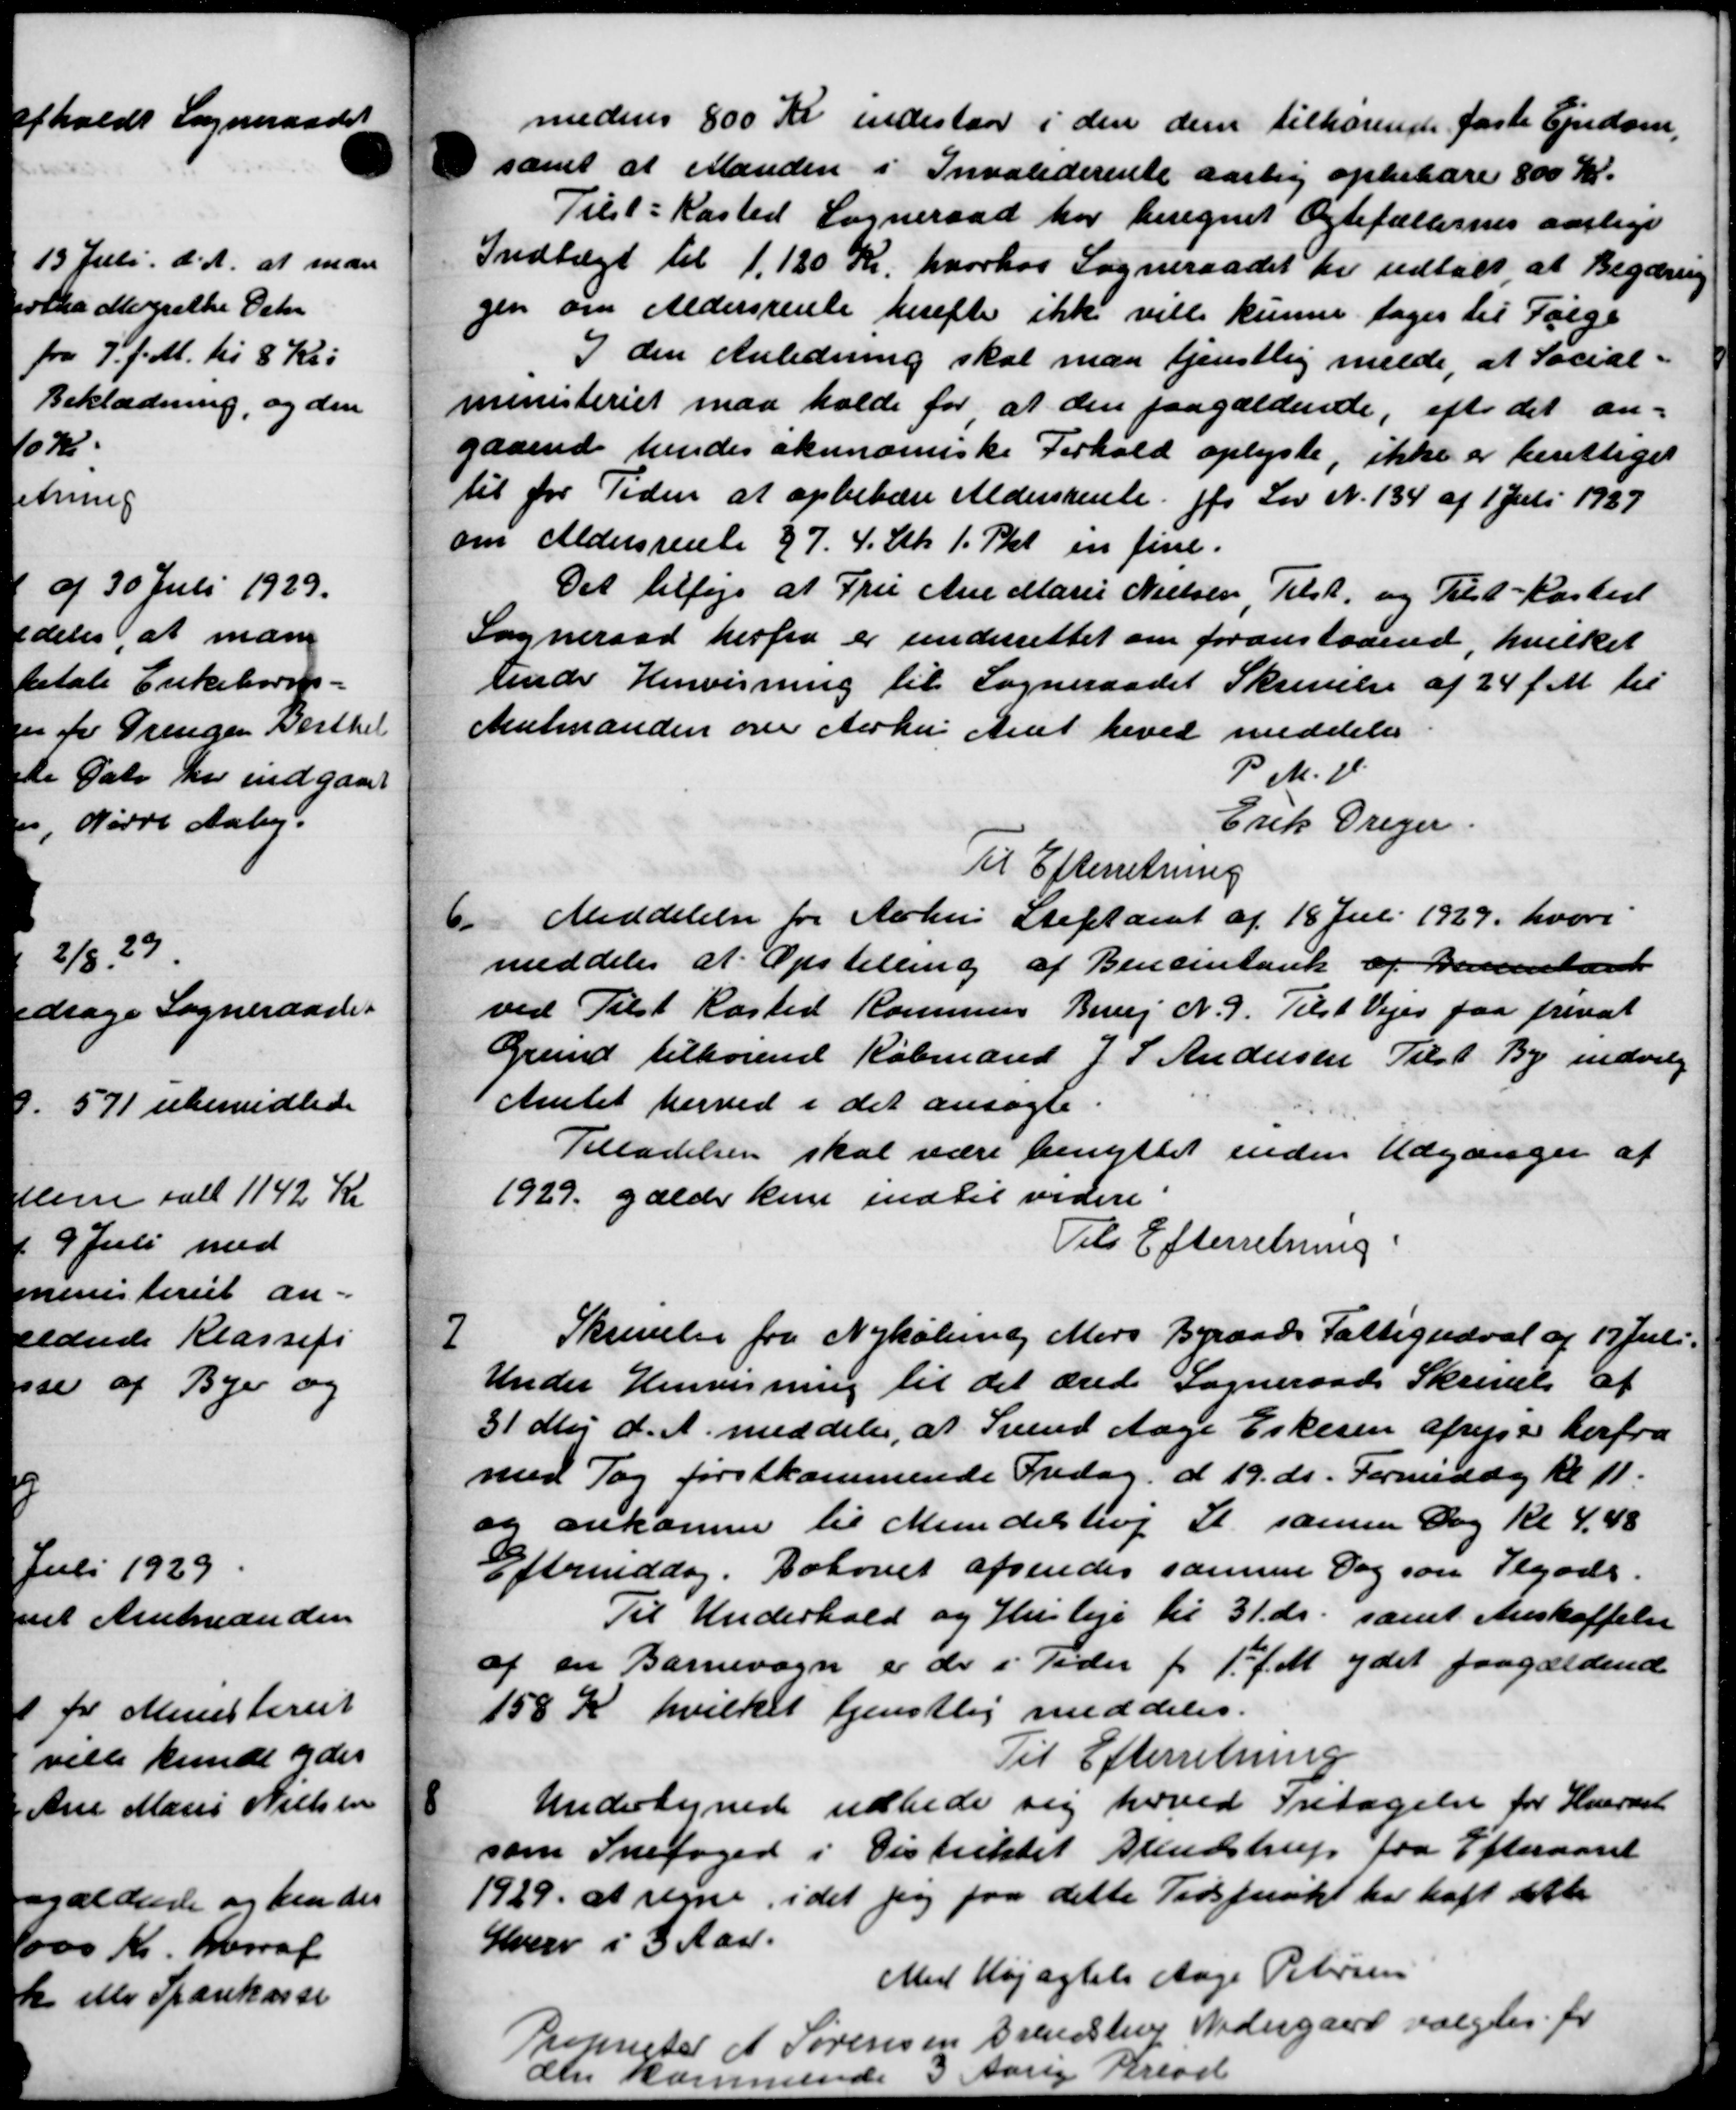
Transskription:
medens 800 Kr indestaar i den dem tilhørende faste Ejendom.
samt at Manden i Invaliderente aarlig oppebære 800 Kr.
Tilst : Kasted Sogneraad har beregnet Ægtefællernes aarlige
Indtægt til 1,120 Kr. hvorhos Sogneraadet er udtalt, at Begæring
gen om Aldersrente herefter ikke ville kunne tages til Følge
I den Anledning skal man tjenstlig melde, at Social-
ministeriet maa holde for at den paagældende, efter det an-
gaaende hendes økonomiske Forhold oplyste, ikke er berettiget
til for Tiden at opbebære Aldersrente for Lov N. 134 af 1 Juli 1937
om Aldersrente 27. 4 Stk 1 Pkt. en fine.
Det tilføjes at Fru Ane Marie Nielsen Tilst, og Tilst-Kasted
Sogneraad herfra er underrettet om foranstaaende, hvilket
uender Henvisning til Sogneraadet Skrivelse af 24 f. M. til
Amtmanden over Aarhus Amt havet meddeler
P. M. V.
Erik Dreger
Til Efterretning
6
Meddelelse for Aarhus Stiftamt af 18 Juli 1929, hvori
meddeler at Opstilling af Bencintank af Dereenland
ved Tilst Kasted Kommune Bivej N. 9. Tilst Vejer paa frivat
Grund tilhørende Købmand J S Andersen Tilst By indvilg
Amtet herved i det ansøgte
Tilladelsen skal være benyttet inden Udganger af
1929 gælder kun indtil videre.
Til Efterretning
7
Skrivelse fra Nykøbing Mars Byraads Fattigudval af 17 Juli.
Under Henvisning til det ærede Sogneraads Skrivelse af
31 Maj d. A. meddeler, at Svend Aage Eskesen afrejse herfra
med Tog førstkommende Fredag d. 19. ds. Formiddag Kl 11.
og ankomne til Mundelstrup St. samme Dag kl 4,48
aftranddag. Botovet afsendes samme Dag som Tegods.
Til Underhold og Husleje til 31. ds. samt Anskaffelse
af en Barnevogn er der i Tider f. 1. f. M. ydet paagældende
158 Kr hvilket tjenstlig meddeles.
Til Efterretning
8
Undertegnede udbede sig hoved Fritagelse for Hvervet
som Snefoged i Distriktet Bendstrup fra Efteraaret
1929 at regne, idet sig paa dette Tidspunkt har haft efte
Hverv i 3 Aar.
Med Højagtels Aage Petersen
Proprister A Sørensen Brendstrup Nedergaard valgtes for
en kar rende 3 Aarig Period